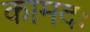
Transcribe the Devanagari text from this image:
कामदः